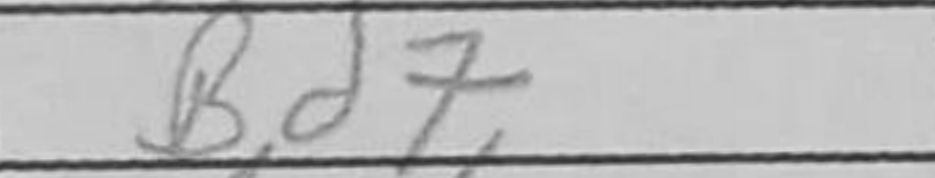
Transcription: Bd7